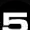
Digit: 5